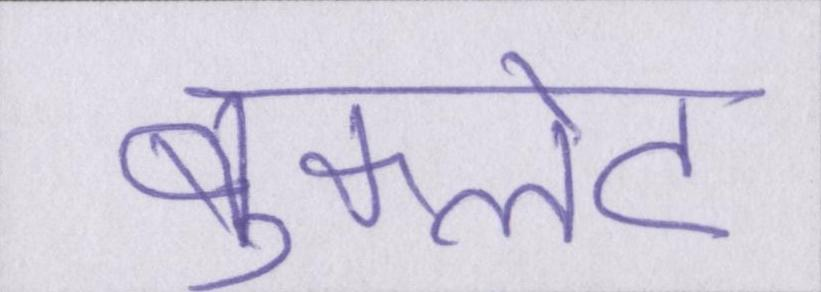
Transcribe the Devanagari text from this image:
बुकलेट